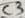
Text: C3